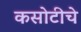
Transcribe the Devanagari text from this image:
कसोटीचे